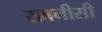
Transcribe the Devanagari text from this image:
सबनीसी